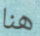
هنا